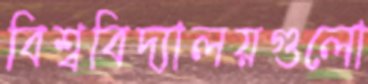
বিশ্ববিদ্যালয়গুলো